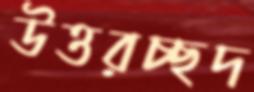
উত্তরচ্ছদ